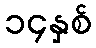
၁၄နှစ်